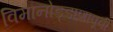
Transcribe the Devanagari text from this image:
विमानोड्डाणापूर्वी